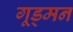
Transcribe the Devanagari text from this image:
गूड्मन